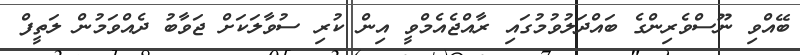
ބޭއްވި ނޫސްވެރިންގެ ބައްދަލުވުމުގައި ރާއްޖެއެމްވީ އިން ކުރި ސުވާލަކަށް ޖަވާބު ދެއްވަމުން ލަތީފް